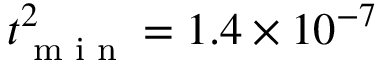
t _ { \textrm { m i n } } ^ { 2 } = 1 . 4 \times 1 0 ^ { - 7 }